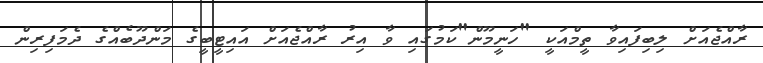
ރާއްޖެއަށް ލިބިފައިވާ ތީމްއަކީ "ހަނީމޫން"ކަމުގައި ވާ އިރު ރާއްޖެއަށް އައިޓީބީގެ މަންދޫބެއްގެ ދެމަފިރިން